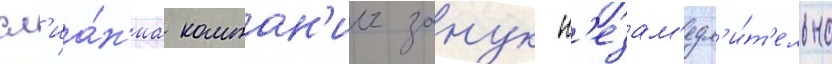
сл'иа́н'иа компан'ии занук н'езам'едл'и́т'ельно